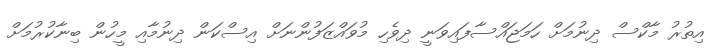
އިތުރު މާކްސް ދިނުމަށް ހަމަޖައްސާފައިވަނީ ދިވެހި މުވައްޒަފުންނަށް އިސްކަން ދިނުމާއި މީހުން ބިނާކުރުމަށް